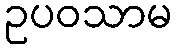
ဥပဝသာမ